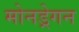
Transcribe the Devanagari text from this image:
मोनड्रेगन